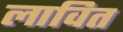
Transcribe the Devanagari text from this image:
लावित